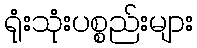
ရုံးသုံးပစ္စည်းများ